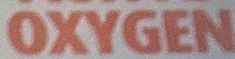
OXYGEN